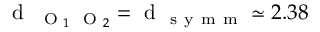
\mathrm { ~ d ~ } _ { \mathrm { ~ \scriptsize ~ O ~ } _ { 1 } \mathrm { ~ \scriptsize ~ O ~ } _ { 2 } } = \mathrm { ~ d ~ } _ { \mathrm { ~ s ~ y ~ m ~ m ~ } } \simeq 2 . 3 8